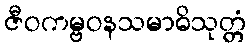
ဇီဝကမ္ဗဝနသမာဓိသုတ္တံ